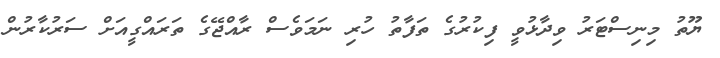
ޔޫތު މިނިސްޓަރު ވިދާޅުވީ ފިކުރުގެ ތަފާތު ހުރި ނަމަވެސް ރާއްޖޭގެ ތަރައްގީއަށް ސަރުކާރުން